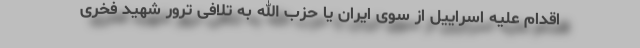
اقدام علیه اسراییل از سوی ایران یا حزب الله به تلافی ترور شهید فخری